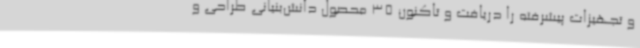
و تجهیزات پیشرفته را دریافت و تاکنون 35 محصول دانش‌بنیانی طراحی و